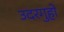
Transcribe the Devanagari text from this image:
उदरगुहो